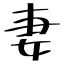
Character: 妻